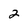
Character: 2